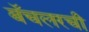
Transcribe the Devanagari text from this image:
बॅचलरची